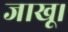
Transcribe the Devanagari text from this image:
जाखू।